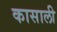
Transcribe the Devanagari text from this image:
कासाली